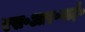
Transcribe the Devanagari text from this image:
एस॰आर॰वाई॰